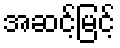
အဆင့်မြင့်